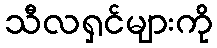
သီလရှင်များကို